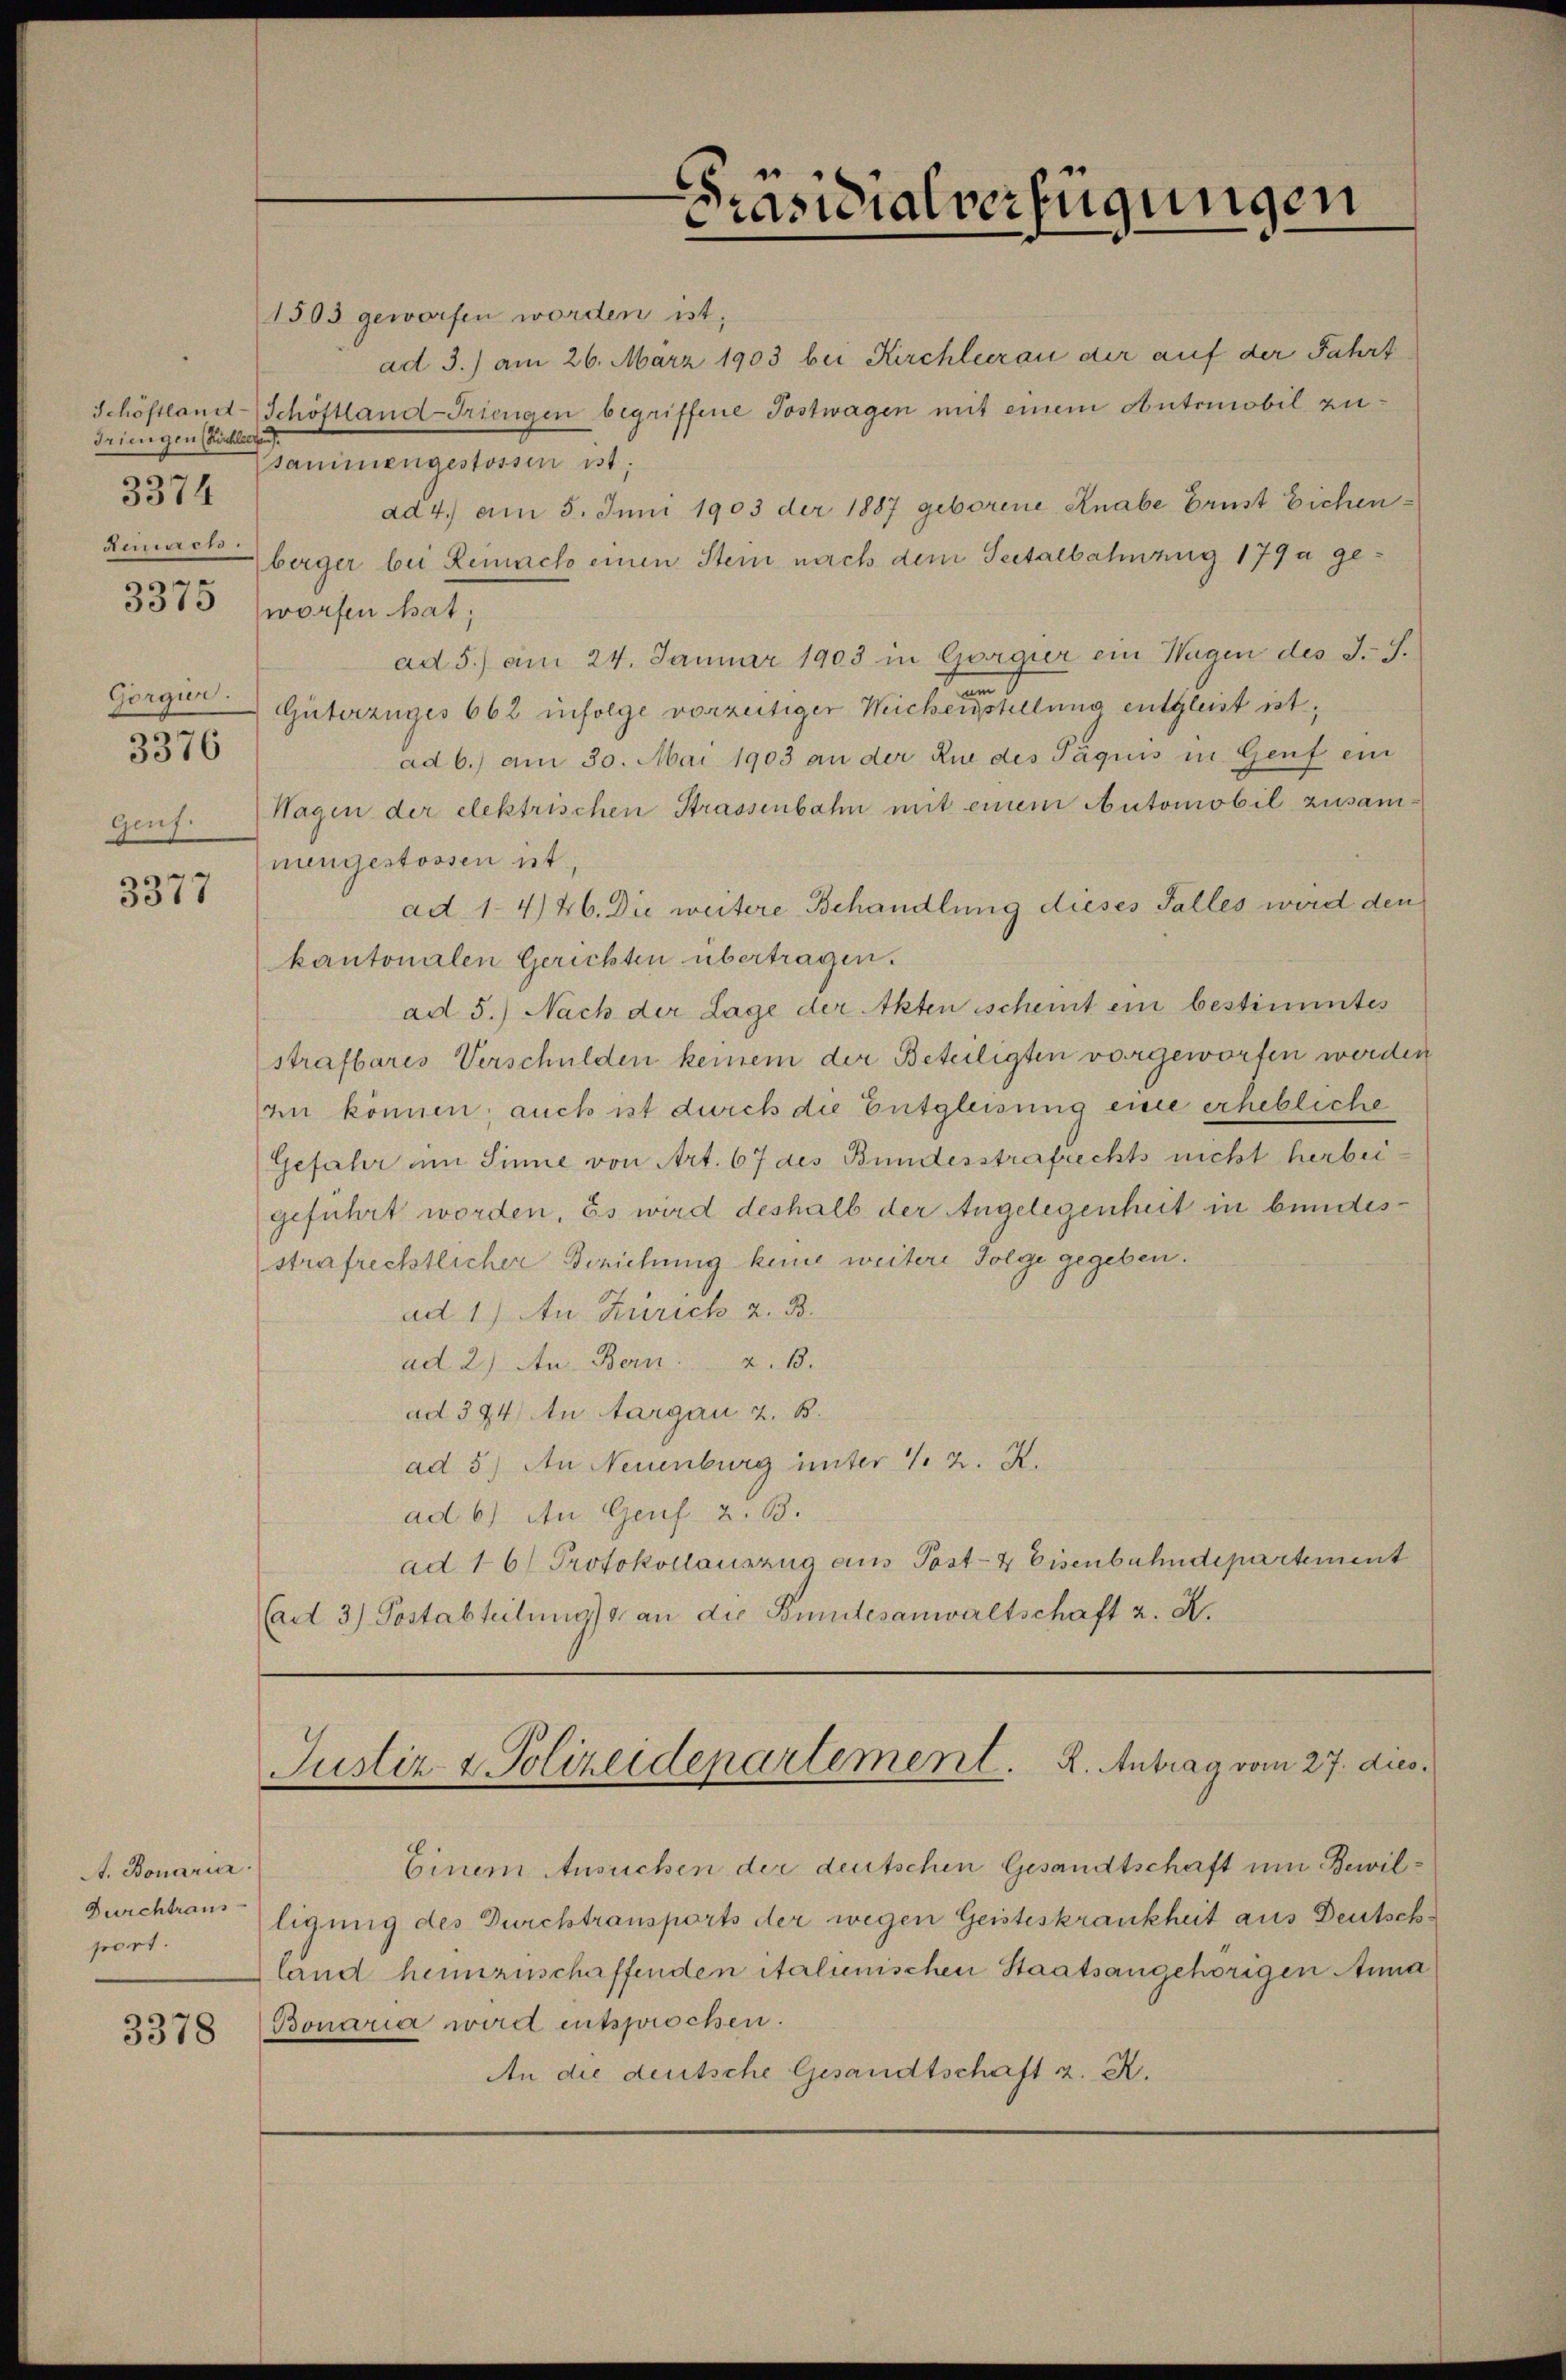
Triengen (Köchlee
3374
deacto
Gorgür.
3376

3377

A. Bonaria
Durchtraus
soort.
3378

Schöstland-Schöstland-Friengen begriffene Postwagen mit einem Automobil zusammengestossen ist;
ad 4.) am 5. Juni 1903 der 1887 geborene Knabe Ernst Eichen
berger bei Lemach einen Stein nach dem Secetalbahnung 179 a ge¬
3375 (worfen hat;
ad 5.) am 24. Januar 1903 in Gorgier ein Wagen des J. J.
n
Güterzuges 662 infolge vorzeitiger Michenstellung entgleist ist,
ad b.) am 30. Mai 1903 an der Rue des Päquis in Genf ein
Genf. Wagen der elektrischen Strassenbahn mit einem Automobil zusammengestossen ist.
ad. 1446. Die weitere Behandlung dieses Falles wird den
kantonalen Gerichten übertragen.
ad 5.) Nach der Lage der Akten scheint ein bestimmtes
strafbares Verschulden keinem der Beteiligten vorgeworfen werden
en können; auch ist durch die Entgleisung eine erhebliche
Gefahr im Sinne von Art. 67 des Bundesstrafrechts nicht herbeigeführt worden. Es wird deshalb der Angelegenheit in bundesstrafrechtlicher Berichung keine weitere Folge gegeben.
ad 1) An Zürich z. B.
ad 2.) An Bern z. B.
ad 394) An Aargau 2. B.
ad 5) An Neuenburg unter 1. 2. X.
ad 6) An Genf z. B.
ad 16) Protokollauszug aus Post- & Eisenbahndepartement
(ad 3) Postabteilŭng an die Bentesanwaltschaft z. K.

1505 geworfen worden ist;

2
Präsidialverfügungen

Justiz & Polizeidepartement. K. Antrag vom 27. dies

Einem Ansuchen der deutschen Gesandtschaft um Bewiltigung des Durchtransports der wegen Geisteskrankheit aus Deutschland heimzuschaffenden italienischen Staatsangehörigen Anna
Bonaria wird entsprochen.
An die deutsche Gesandtschaft z. R.

ad 3.) am 26. März 1903 bei Kirchlerau der auf der Fahrt